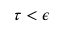
\tau < \epsilon